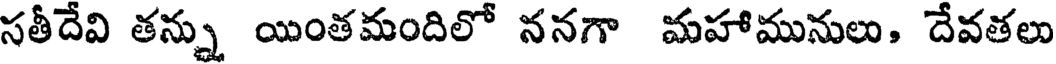
సతీదేవి తన్ను యింతమందిలో ననగా మహామునులు, దేవతలు